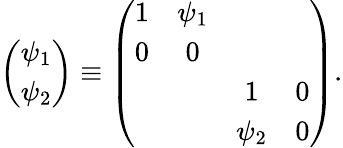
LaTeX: \left(\begin{array}{c}{{\psi_{1}}}\\ {{\psi_{2}}}\end{array}\right)\equiv\left(\begin{array}{cccc}{{1}}&{{\psi_{1}}}&{{}}&{{}}\\ {{0}}&{{0}}&{{}}&{{}}\\ {{}}&{{}}&{{1}}&{{0}}\\ {{}}&{{}}&{{\psi_{2}}}&{{0}}\end{array}\right).